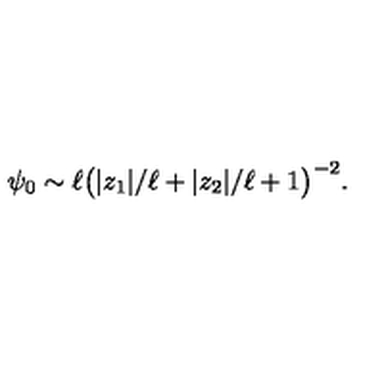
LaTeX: \psi _ { 0 } \sim \ell \big ( | z _ { 1 } | / \ell + | z _ { 2 } | / \ell + 1 \big ) ^ { - 2 } .